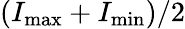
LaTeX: (I_{\mathrm{max}}+I_{\mathrm{min}})/2